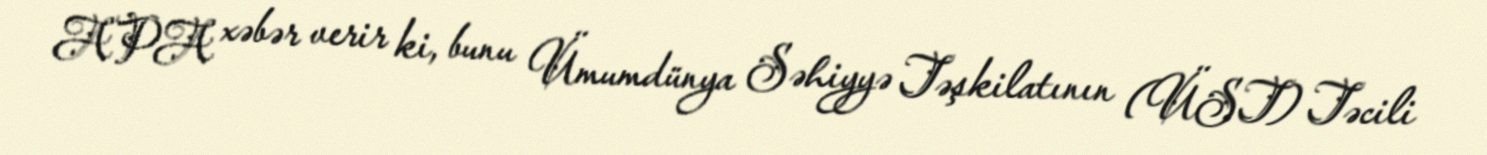
APA xəbər verir ki, bunu Ümumdünya Səhiyyə Təşkilatının (ÜST) Təcili